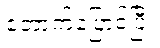
တောက်ပြောင်ပြီး